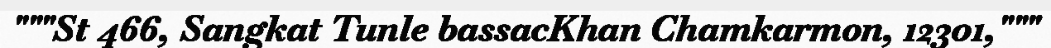
"""St 466, Sangkat Tunle bassacKhan Chamkarmon, 12301,"""